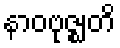
နာဝဗုဇ္ဈတိ